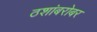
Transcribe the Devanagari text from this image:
ठशांबरोबर